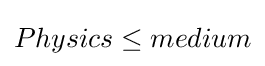
Physics\leq medium